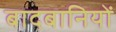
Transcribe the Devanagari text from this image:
बादबानियों